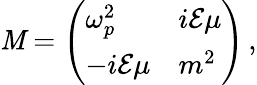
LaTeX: {\cal\mathit{M}}=\left(\begin{array}{ll}{{\omega_{p}^{2}}}&{{i{\cal E}\mu}}\\ {{-i{\cal E}\mu}}&{{m^{2}}}\end{array}\right)\, ,